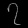
Digit: ၇